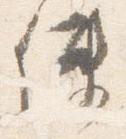
使